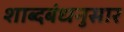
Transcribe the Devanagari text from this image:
शाब्दबंधनुसार